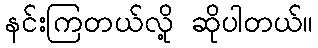
နင်းကြတယ်လို့ ဆိုပါတယ်။